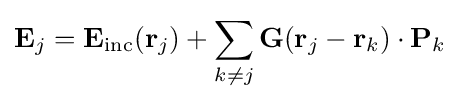
\mathbf {E} _{j}=\mathbf {E} _{\mathrm {inc} }(\mathbf {r} _{j})+\sum _{k\neq j}\mathbf {G} (\mathbf {r} _{j}-\mathbf {r} _{k})\cdot \mathbf {P} _{k}